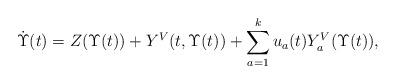
LaTeX: \begin{align*}\dot{\Upsilon}(t)=Z(\Upsilon(t))+Y^V(t,\Upsilon(t))+\sum_{a=1}^ku_a(t)Y^V_a(\Upsilon(t)),\end{align*}